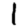
Digit: 1